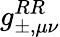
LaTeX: g_{\pm,\mu\nu}^{RR}